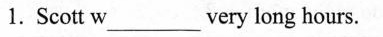
1. Scott w___very long hours.